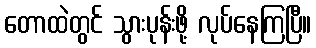
တောထဲတွင် သွားပုန်းဖို့ လုပ်နေကြပြီ။